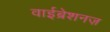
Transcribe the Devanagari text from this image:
वाईब्रेशनज़